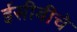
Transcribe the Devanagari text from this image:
ईसीबीचे